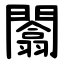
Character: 闟